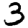
Digit: 3